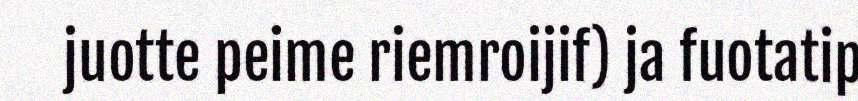
juotte peime riemroijif) ja fuotatip